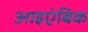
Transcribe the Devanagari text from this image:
आइएंबिक